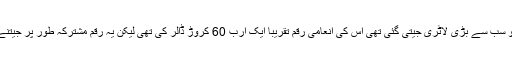
اس سے قبل گذشتہ برس جنوری میں جو سب سے بڑی لاٹری جیتی گئی تھی اس کی انعامی رقم تقریباً ایک ارب 60 کروڑ ڈالر کی تھی لیکن یہ رقم مشترکہ طور پر جیتنے والے تین افراد میں تقسیم کی گئی تھی۔